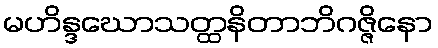
မဟိန္ဒဃောသတ္ထနိတာဘိဂဇ္ဇိနော